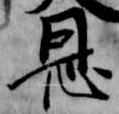
恩